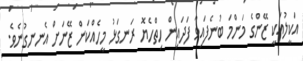
އަކީލުއަކީ ޒޭންގެ މަންމަ ބުނެފައިވާ ފަދައިން ހިތްހެޔޮ ރަނގަޅު މީހެއްކަން ޒޭނަށް އެނނގުނެވެ.